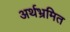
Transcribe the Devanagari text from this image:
अर्थभ्रमित